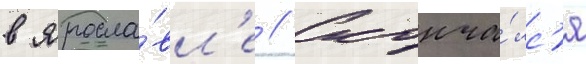
в яросла́вл'е // Сконча́лс'я